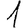
Digit: 1